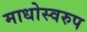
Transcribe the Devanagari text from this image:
माधोस्वरुप